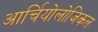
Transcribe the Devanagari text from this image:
आर्चियोलोजिकल